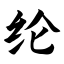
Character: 纶